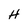
Character: H